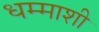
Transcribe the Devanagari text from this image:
धम्माशी